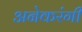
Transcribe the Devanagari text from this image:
अनेकरंगी